Annual report on the Civil Veterinary Department, Burma (including the Insein Veterinary School) - 1932-1941
Year: 1932
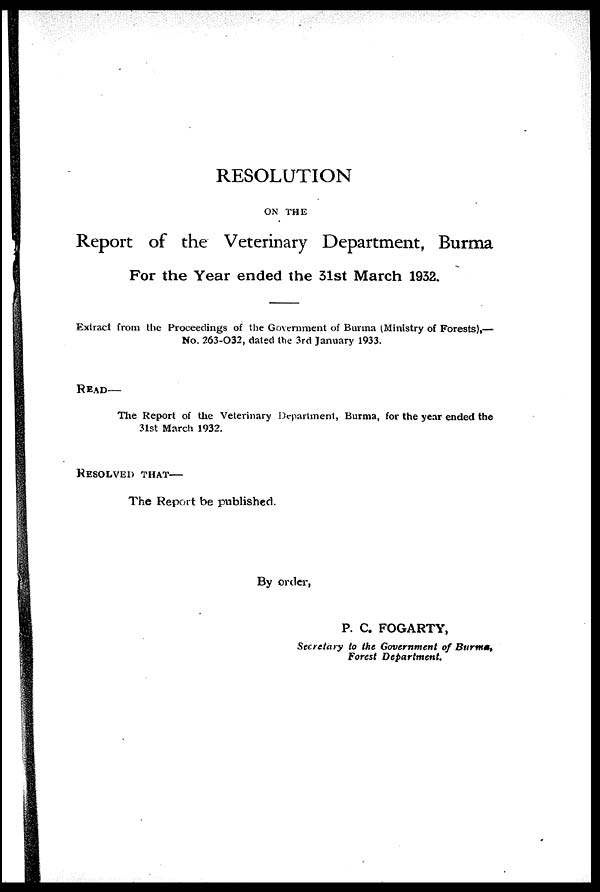
RESOLUTION
ON THE
Report of the Veterinary Department, Burma
For the Year ended the 31st March 1932.
Extract from the Proceedings of the Government of Burma (Ministry of Forests),—
No. 263-032, dated the 3rd January 1933.
READ—
The Report of the Veterinary Department, Burma, for the year ended the
31st March 1932.
RESOLVED THAT—
The Report be published.
By order,
P. C. FOGARTY,
Secretary to the Government of Burms,
Forest
Department.